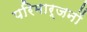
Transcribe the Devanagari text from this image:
परिमार्जनों